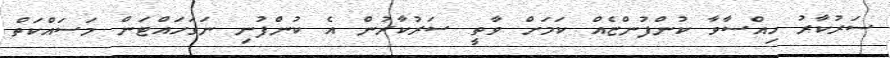
ސަރުކާރު ހިއްސާވާ ކުންފުންޏެއް ކަމަށް ވާތީ ސަރުކާރުން އެ ކުންފުނި ނަގަހައްޓަން މަސައްކަތް